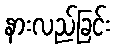
နားလည်ခြင်း